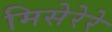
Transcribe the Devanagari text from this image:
मिसेरेरे